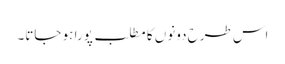
اس طرح دونوں کا مطلب پورا ہو جاتا۔